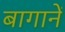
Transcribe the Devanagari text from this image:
बागानें